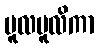
မူလမူလိကာ